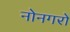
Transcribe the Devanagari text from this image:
नोनगरो